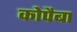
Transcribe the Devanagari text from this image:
कोपैबा